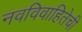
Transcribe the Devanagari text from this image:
नवविवाहितेची